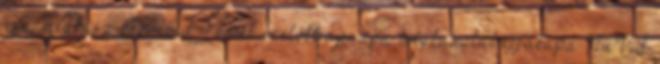
apa megbasz Pornoid 4 évvel ezelőtt apaapa megbaszlábujjakapa NuVid